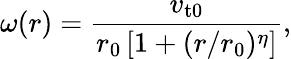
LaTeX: \omega(r)=\frac{v_{\mathrm{t0}}}{r_{0}\left[1+(r/r_{0})^{\eta}\right]},